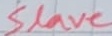
Text: Slave